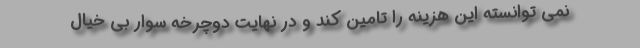
نمی توانسته این هزینه را تامین کند و در نهایت دوچرخه سوار بی خیال